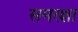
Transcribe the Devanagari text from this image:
समरक्षा